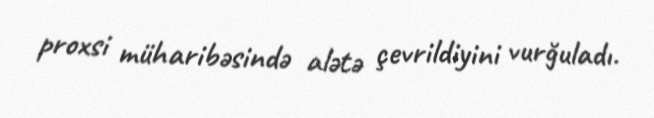
proxsi müharibəsində alətə çevrildiyini vurğuladı.